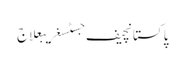
پاکستانچیف جسٹسغریبعلاج